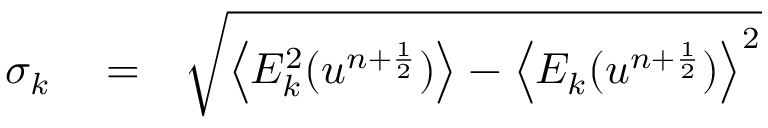
\begin{array} { r l r } { \sigma _ { k } } & { { } = } & { \sqrt { \left\langle E _ { k } ^ { 2 } ( u ^ { n + \frac { 1 } { 2 } } ) \right\rangle - \left\langle E _ { k } ( u ^ { n + \frac { 1 } { 2 } } ) \right\rangle ^ { 2 } } } \end{array}